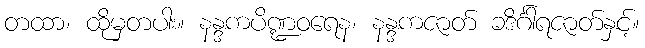
တထာ၊ ထိုမှတပါး။ နန္ဒကပိဏ္ဍဝရေန၊ နန္ဒကဇာတ် ခဒိင်္ဂါရဇာတ်နှင့်။